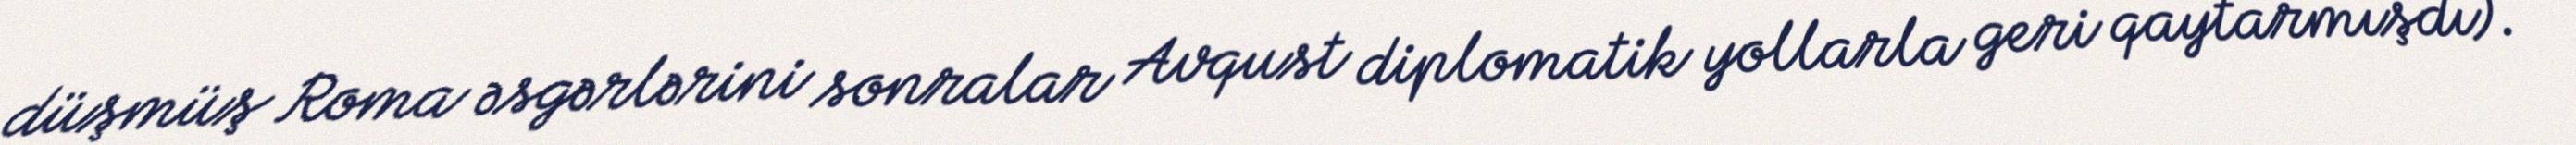
düşmüş Roma əsgərlərini sonralar Avqust diplomatik yollarla geri qaytarmışdı).